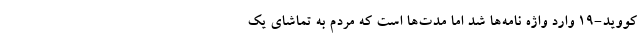
کووید-19 وارد واژه نامه‌ها شد اما مدت‌ها است که مردم به تماشای یک